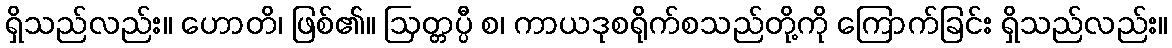
ရှိသည်လည်း။ ဟောတိ၊ ဖြစ်၏။ ဩတ္တပ္ပီ စ၊ ကာယဒုစရိုက်စသည်တို့ကို ကြောက်ခြင်း ရှိသည်လည်း။